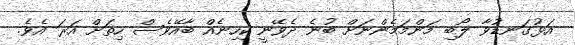
އަޅުގަނޑުވާ ލޯބި މަންމަމެންނަށް ބުނެ ދެވޭނީ ކިހިނެއް ބާއޭވެސް ހިތަށް އަރަ އެވެ.